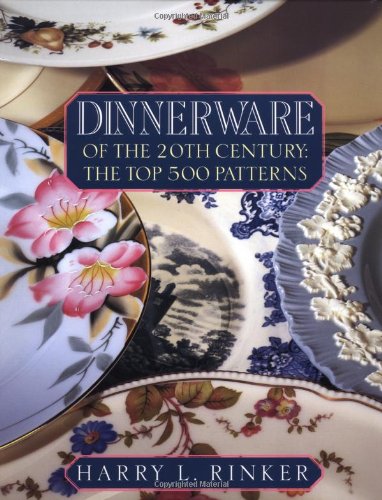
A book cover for Dinnerware of the 20th Century: The Top 500 Patterns (Official Price Guides to Dinnerware of the 20th Century); Harry L. Rinker; Crafts, Hobbies & Home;